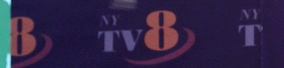
8 TV8 T